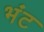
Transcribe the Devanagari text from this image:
भंट